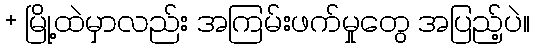
+ မြို့ထဲမှာလည်း အကြမ်းဖက်မှုတွေ အပြည့်ပဲ။